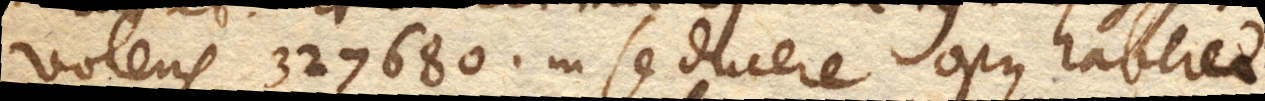
volens 327680. in se ducere opus haberet